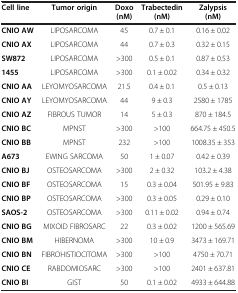
| Cell line | Tumor origin | Doxo (nM) | Trabectedin (nM) | Zalypsis (nM) |
 | --- | --- | --- | --- | --- |
 | CNIO AW | LIPOSARCOMA | 45 | 0.7 ± 0.1 | 0.16 ± 0.02 |
 | CNIO AX | LIPOSARCOMA | 44 | 0.7 ± 0.3 | 0.32 ± 0.15 |
 | SW872 | LIPOSARCOMA | >300 | 0.5 ± 0.1 | 0.87 ± 0.53 |
 | 1455 | LIPOSARCOMA | >300 | 0.1 ± 0.02 | 0.34 ± 0.32 |
 | CNIO AA | LEYOMYOSARCOMA | 21.5 | 0.4 ± 0.1 | 0.5 ± 0.13 |
 | CNIO AY | LEYOMYOSARCOMA | 44 | 9 ± 0.3 | 2580 ± 1785 |
 | CNIO AZ | FIBROUS TUMOR | 14 | 5 ± 0.3 | 870 ± 184.5 |
 | CNIO BC | MPNST | >300 | >100 | 664.75 ± 450.5 |
 | CNIO BB | MPNST | 232 | >100 | 1008.35 ± 353 |
 | A673 | EWING SARCOMA | 50 | 1 ± 0.07 | 0.42 ± 0.39 |
 | CNIO BJ | OSTEOSARCOMA | >300 | 2 ± 0.32 | 103.2 ± 4.38 |
 | CNIO BF | OSTEOSARCOMA | 15 | 0.3 ± 0.04 | 501.95 ± 9.83 |
 | CNIO BP | OSTEOSARCOMA | >300 | 0.3 ± 0.05 | 0.29 ± 0.10 |
 | SAOS-2 | OSTEOSARCOMA | >300 | 0.11 ± 0.02 | 0.94 ± 0.74 |
 | CNIO BG | MIXOID FIBROSARC | 22 | 0.3 ± 0.02 | 1200 ± 565.69 |
 | CNIO BM | HIBERNOMA | >300 | 10 ± 0.9 | 3473 ± 169.71 |
 | CNIO BN | FIBROHISTIOCITOMA | >300 | >100 | 4750 ± 70.71 |
 | CNIO CE | RABDOMIOSARC | >300 | >100 | 2401 ± 637.81 |
 | CNIO BI | GIST | 50 | 0.1 ± 0.02 | 4933 ± 644.88 |